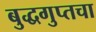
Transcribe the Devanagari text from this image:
बुद्धगुप्तचा